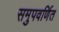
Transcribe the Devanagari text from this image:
समुपवर्णित